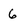
Character: 6